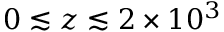
0 \lesssim z \lesssim 2 \times 1 0 ^ { 3 }